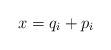
LaTeX: \begin{align*}x = q_i + p_i\end{align*}